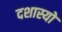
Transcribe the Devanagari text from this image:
दशास्यो